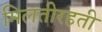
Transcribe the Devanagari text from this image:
मिलतीरहती